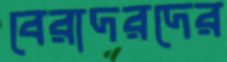
বেরাদরদের